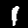
Digit: 1